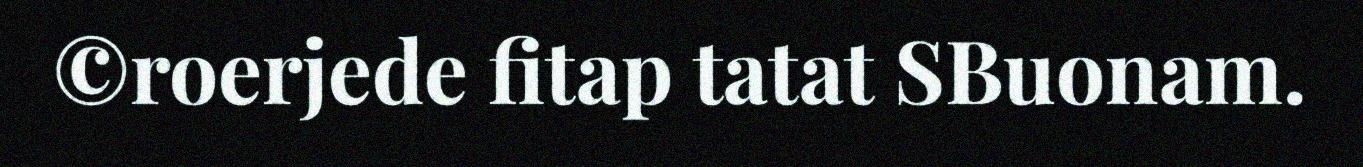
©roerjede fitap tatat SBuonam.